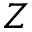
Z